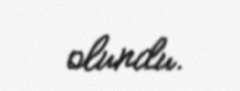
olundu.